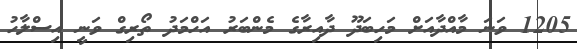
1205 ވަނަ މާއްދާއަށް މަހިބަދޫ ދާއިރާގެ މެންބަރު އަހްމަދު ތޯރިގް ވަނީ އިސްލާހު